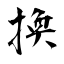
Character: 換